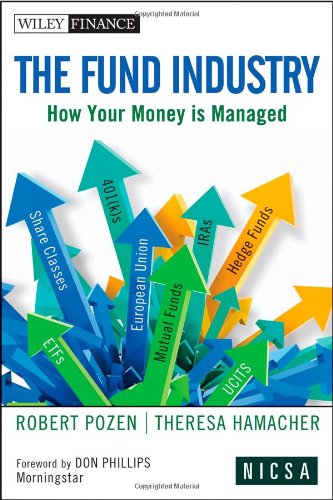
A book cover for The Fund Industry: How Your Money is Managed; Robert Pozen; Business & Money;